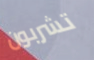
تشربون